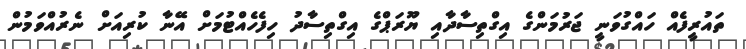
ތައުރީފެއް ހައްގުވަނީ ޖަރުމަންގެ އިގްތިސާދާއި ޔޫރަޕްގެ އިގްތިސާދު ހިފެހެއްޓުމަށް އޭނާ ކުރިއަށް ނެރުއްވަމުން